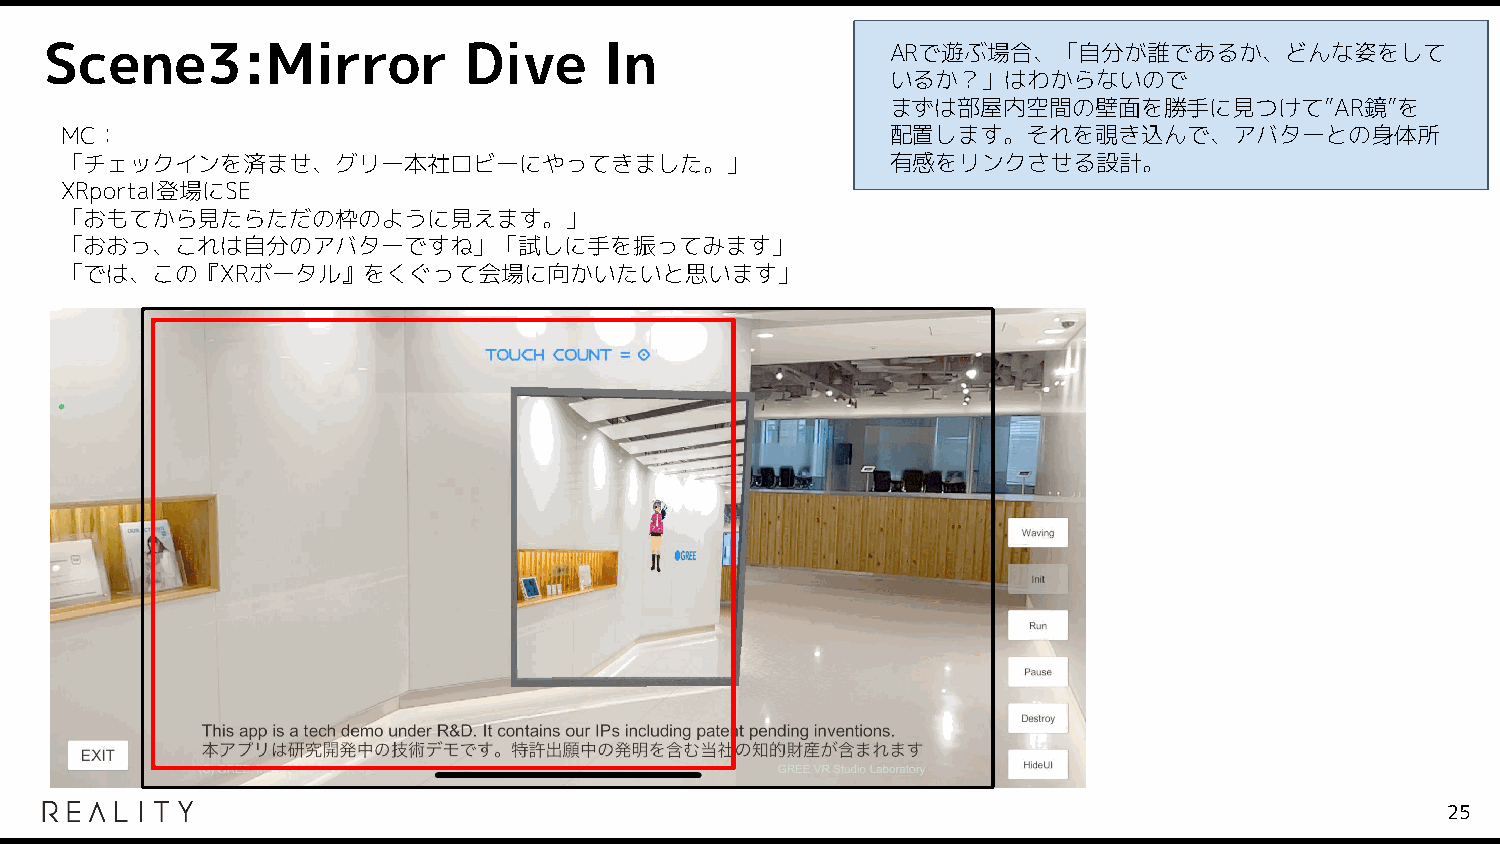
Scene3:Mirror               Dive     In                 ARで遊ぶ場合、「自分が誰であるか、どんな姿をして
 いるか？」はわからないので
 まずは部屋内空間の壁面を勝手に見つけて”AR鏡”を
 MC：                                                    配置します。それを覗き込んで、アバターとの身体所
 「チェックインを済ませ、グリー本社ロビーにやってきました。」                         有感をリンクさせる設計。
 XRportal登場にSE
 「おもてから見たらただの枠のように見えます。」
 「おおっ、これは自分のアバターですね」「試しに手を振ってみます」
 「では、この『XRポータル』をくぐって会場に向かいたいと思います」
 25